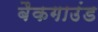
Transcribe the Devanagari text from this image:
बैकगाउंड